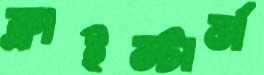
ক্লাইস্টার্স